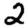
Digit: 2